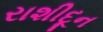
રાશીદૂન